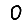
Digit: 0